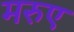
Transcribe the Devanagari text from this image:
मरुए